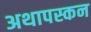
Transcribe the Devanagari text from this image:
अथापस्कन